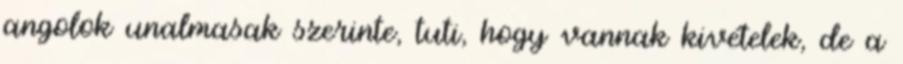
angolok unalmasak szerinte, tuti, hogy vannak kivételek, de a